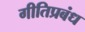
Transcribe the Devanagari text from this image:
गीतिप्रबंध